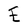
Character: E